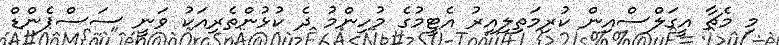
މި މެޗާ އީގަލްސްއިން ކުރިމަތިލިއިރު އެޓީމުގެ މުހިންމު ދެ ކުޅުންތެރިއަކު ވަނީ ސަސްޕެންޑް